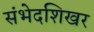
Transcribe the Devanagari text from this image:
संभेदशिखर